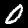
Label: 0